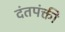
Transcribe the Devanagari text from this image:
दंतपंक्ती